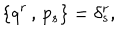
\{ q ^ { r } \, , \, p _ { s } \} = \delta _ { s } ^ { r } ,